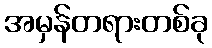
အမှန်တရားတစ်ခု